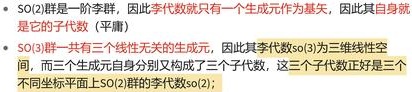
- $\text{SO}(2)$群是一阶李群，因此其李代数就只有一个生成元作为基矢，因此其自身就是它的子代数（平庸）
- $\text{SO}(3)$群一共有三个线性无关的生成元，因此其李代数$\text{so}(3)$为三维线性空间，而三个生成元自身分别又构成了三个子代数，这三个子代数正好是三个不同与坐标平面上$\text{SO}(2)$群的李代数(2);